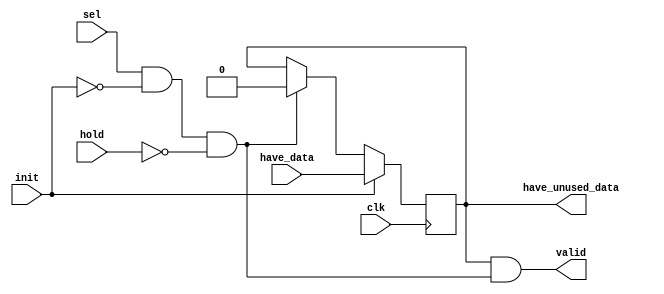
`timescale 1ns / 1ps
//////////////////////////////////////////////////////////////////////////////////
// Company: 
// Engineer: 
// 
// Design Name: 
// Module Name: pe_channel_used
// Project Name: 
// Target Devices: 
// Tool Versions: 
// Description: 
// 
// Dependencies: 
// 
// Revision:
// Revision 0.01 - File Created
// Additional Comments:
// 
//////////////////////////////////////////////////////////////////////////////////


module pe_channel_used(
      input clk,
      input init,         //new event
      input hold,         //do not start while hold is high
      input have_data,    //1 -> channel has data
      input sel,          //sel -> channel is selected 
      
      output  have_unused_data, // 1-> channel has unread data
      output  valid             // channel output is valid
    );
    
    reg used=1'b0;
    wire active = sel & ~init & ~hold;
    always @(posedge clk) begin
       if(init)
         used <=have_data;
       else if(active)
         used <= 1'b0;
    end
    
    assign  have_unused_data = used;
    assign  valid = used & active;
    
endmodule